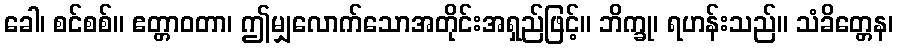
ခေါ၊ စင်စစ်။ ဧတ္တာဝတာ၊ ဤမျှလောက်သောအတိုင်းအရှည်ဖြင့်။ ဘိက္ခု၊ ရဟန်းသည်။ သံခိတ္တေန၊